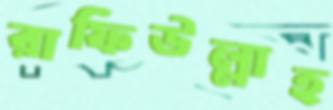
রাফিউল্লাহ